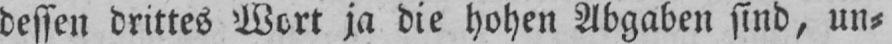
dessen drittes Wort ja die hohen Abgaben sind, un⸗